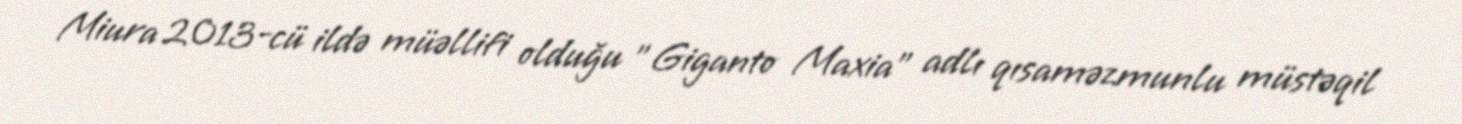
Miura 2013-cü ildə müəllifi olduğu "Giganto Maxia" adlı qısaməzmunlu müstəqil